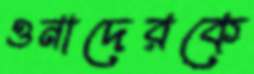
ওনাদেরকে